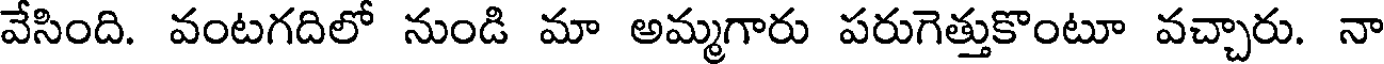
వేసింది. వంటగదిలో నుండి మా అమ్మగారు పరుగెత్తుకొంటూ వచ్చారు. నా